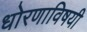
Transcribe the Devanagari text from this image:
धोरणाविषयी